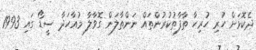
ދެކޮޅަށް ހުރި ހުރިހާ ތާފާތުކުރުންތައް ނަންތާލަން ގޮވާލާ މުއާހަދާ ސީޑޯ ގައި 1993